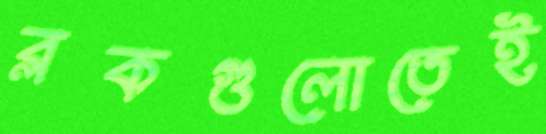
ব্লকগুলোতেই